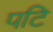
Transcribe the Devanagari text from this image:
पटि